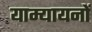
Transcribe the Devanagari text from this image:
याम्यायनों